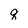
Character: q